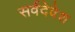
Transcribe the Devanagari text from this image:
सर्वदेवेश